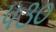
૫૩૦